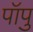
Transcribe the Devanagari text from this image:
पॉपु